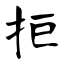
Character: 拒